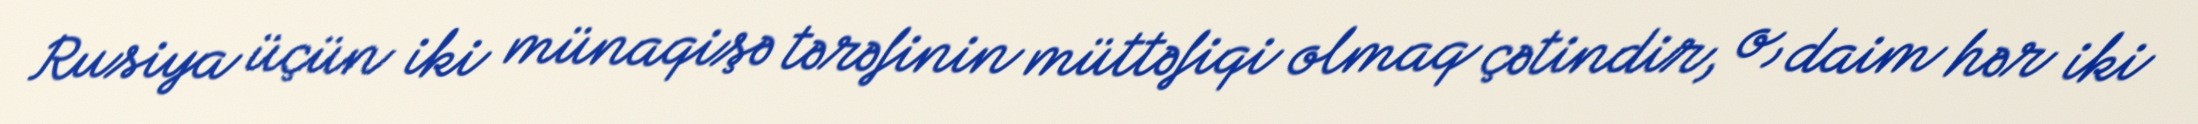
Rusiya üçün iki münaqişə tərəfinin müttəfiqi olmaq çətindir, o, daim hər iki